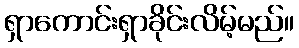
ရှာကောင်းရှာခိုင်းလိမ့်မည်။